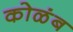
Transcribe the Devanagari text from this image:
कोळंब